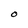
Character: O